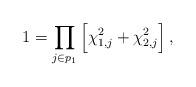
LaTeX: \begin{align*} 1 = \prod_{j\in p_1}\Big[\chi_{1,j}^{2}+\chi_{2,j}^{2}\Big]\,,\end{align*}